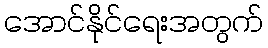
အောင်နိုင်ရေးအတွက်